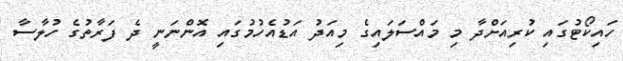
ހައިކޯޓުގައި ކުރިއަށްދާ މި މައްސަލައިގެ މިއަދު އަޑުއެހުމުގައި އޮންނަނީ ދެ ފަރާތުގެ ހުލާސާ